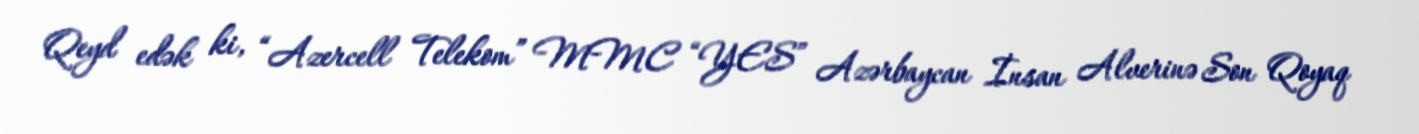
Qeyd edək ki, “Azercell Telekom” MMC “YES” Azərbaycan İnsan Alverinə Son Qoyaq